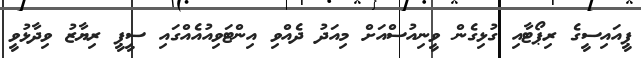
ޕީއައިސީގެ ރިޕޯޓާއި ގުޅިގެން ވީނިއުސްއަށް މިއަދު ދެއްވި އިންޓަވިއުއެއްގައި ސީޕީ ރިޔާޒު ވިދާޅުވީ